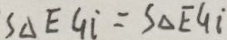
S _ { \Delta } E G i = S _ { \Delta } E G i